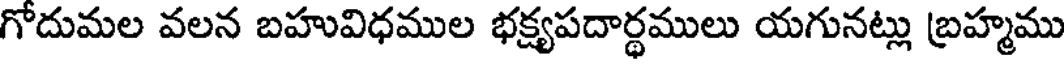
గోదుమల వలన బహువిధముల భక్ష్యపదార్థములు యగునట్లు బ్రహ్మము